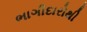
ભાગીદારોથી